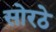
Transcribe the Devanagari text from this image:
सोरठे